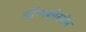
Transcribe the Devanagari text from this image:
लॉन्गशोरमेन